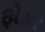
ફોકા